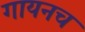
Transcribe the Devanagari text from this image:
गायनच